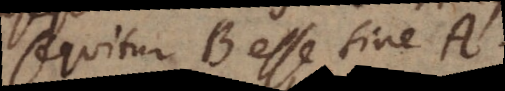
sequitur B esse sine A.